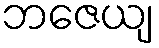
ဘဇေယျ